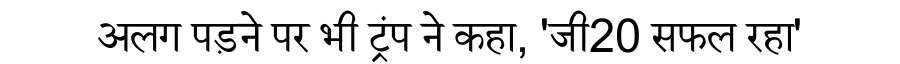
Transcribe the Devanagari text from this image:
अलग पड़ने पर भी ट्रंप ने कहा, 'जी20 सफल रहा'